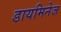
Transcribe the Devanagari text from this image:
डायमिनेज